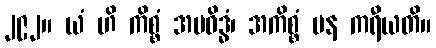
၂၉၂။ ယံ ဟိ ကိစ္စံ အပဝိဒ္ဓံ၊ အကိစ္စံ ပန ကရီယတိ။